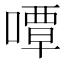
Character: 嘾